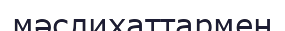
мәслихаттармен